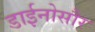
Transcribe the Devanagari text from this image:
डाईनोसौर